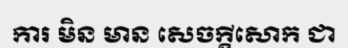
ការ មិន មាន សេចក្តីសោក ជា